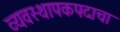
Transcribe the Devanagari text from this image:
व्यवस्थापकपदाचा